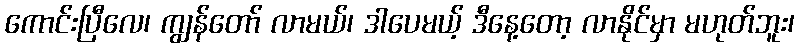
ကောင်းပြီလေ၊ ကျွန်တော် လာမယ်၊ ဒါပေမယ့် ဒီနေ့တော့ လာနိုင်မှာ မဟုတ်ဘူး၊